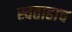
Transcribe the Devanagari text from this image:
स्वताहाच